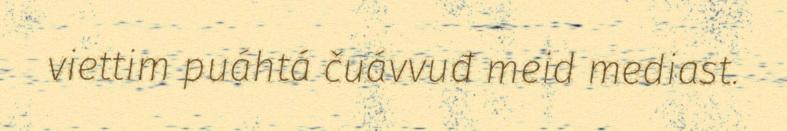
viettim puáhtá čuávvuđ meid mediast.